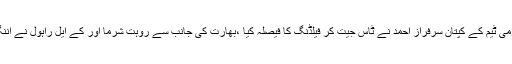
یاد رہے کہ قومی ٹیم کے کپتان سرفراز احمد نے ٹاس جیت کر فیلڈنگ کا فیصلہ کیا ،بھارت کی جانب سے روہت شرما اور کے ایل راہول نے اننگز کا آغاز کیا۔